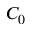
C _ { 0 }